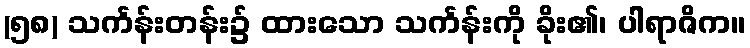
(၅၈) သင်္ကန်းတန်း၌ ထားသော သင်္ကန်းကို ခိုး၏၊ ပါရာဇိက။